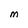
Character: m